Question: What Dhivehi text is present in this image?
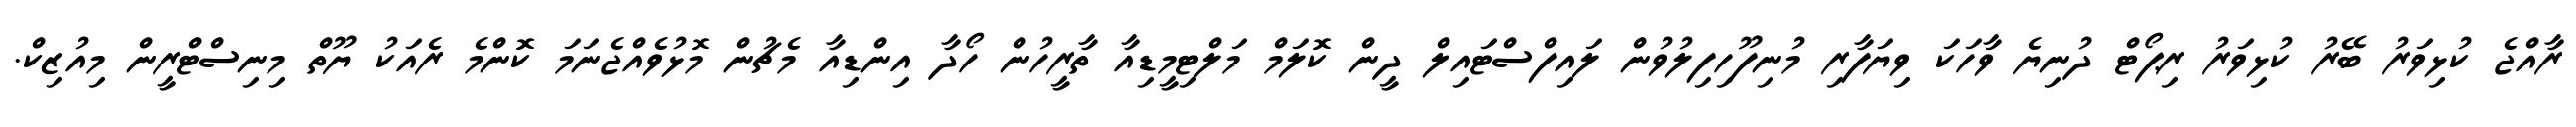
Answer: ރާއްޖެ ކުޅިވަރު ބޭރު ކުޅިވަރު ރިޕޯޓް ދުނިޔެ ވާހަކަ ވިޔަފާރި މުނިފޫހިފިލުވުން ލައިފްސްޓައިލް ދީން ކޮލަމް މަލްޓިމީޑިއާ ތާރީހުން ހޯދާ އިންޑިއާ މެޗުން މޮޅުވެއްޖެނަމަ ކޮންމެ ރެއަކު ޔޫތް މިނިސްޓްރީން މިއުޒިކް.